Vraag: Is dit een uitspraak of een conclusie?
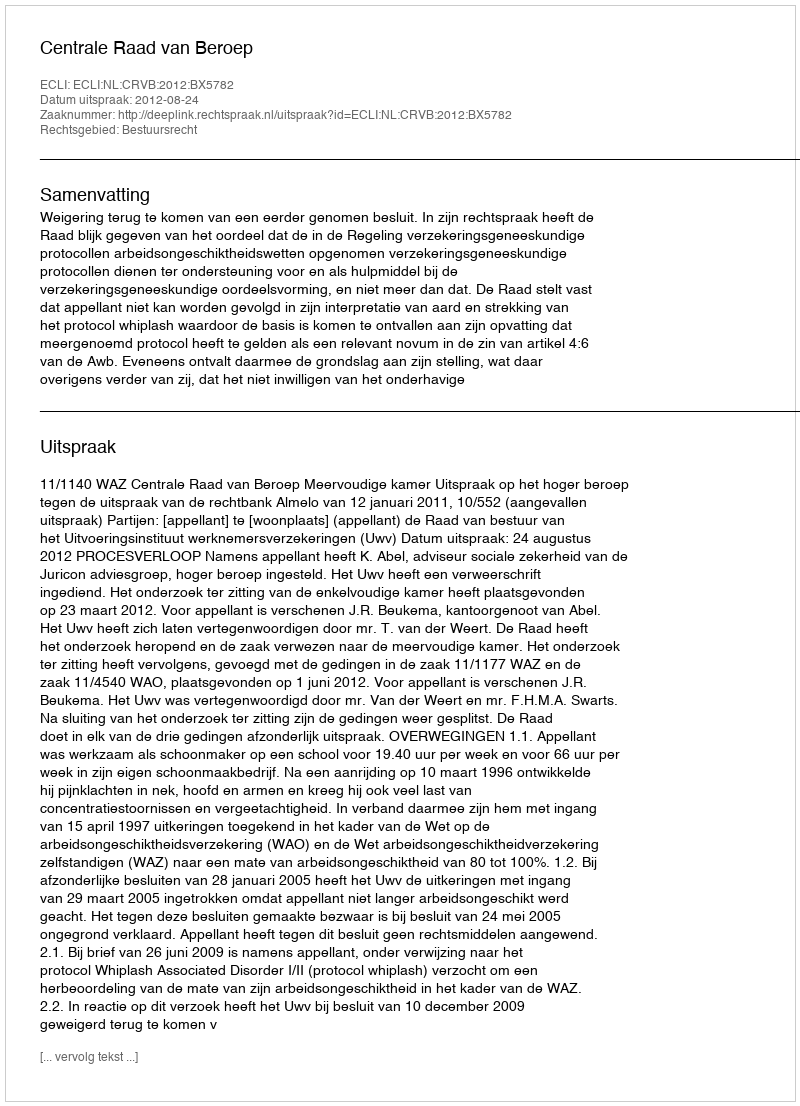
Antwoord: Uitspraak